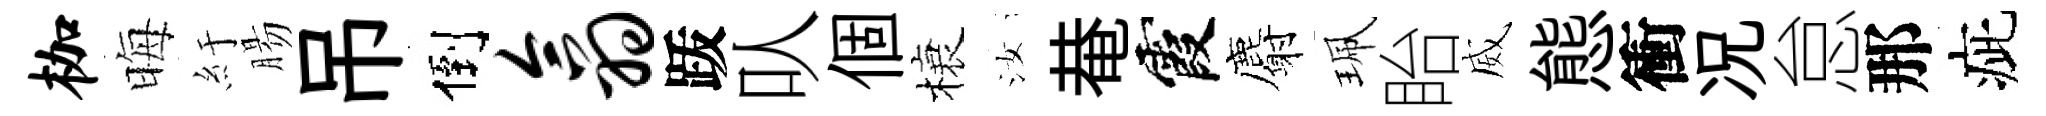
枷晦紆腸吊倒翕䟦㕥個榱汝𤲅霞麝珮眙威態衝况怠那疵